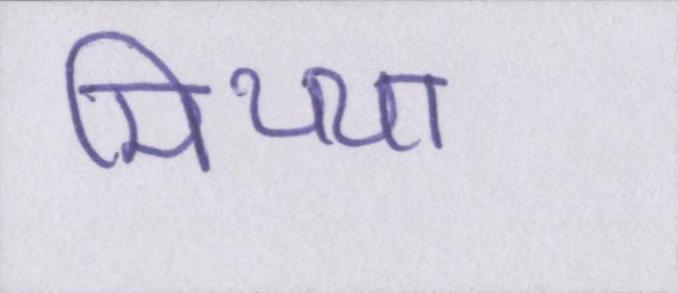
मिथ्या